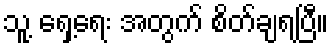
သူ့ ရှေ့ရေး အတွက် စိတ်ချရပြီ။